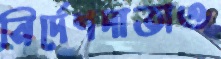
নির্দেশদাতাও